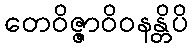
တေဝိဇ္ဇာဝိဝနန္တိပိ